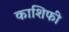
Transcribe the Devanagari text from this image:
काशिफी